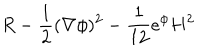
R - { \frac { 1 } { 2 } } ( \nabla \phi ) ^ { 2 } - { \frac { 1 } { 1 2 } } e ^ { \phi } H ^ { 2 }